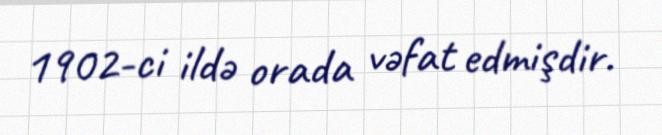
1902-ci ildə orada vəfat edmişdir.